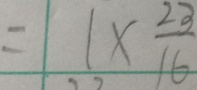
= 1 \times \frac { 2 3 } { 1 6 }